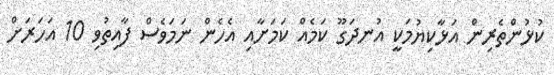
ކުޅުންތެރިން އަޅާކިޔުމަކީ އުނދަގޫ ކަމެއް ކަމަށާއި އެހެން ނަމަވެސް ފާއިތުވި 10 އަހަރަށް